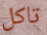
تاكل